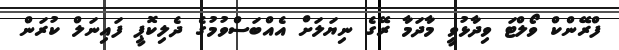
ފްރޭންކް ވޯލްޓަ ވިދާޅުވީ މާދަމާ ރޭގެ ނިޔަލަށް އެއްބަސްވުމުގެ ދެލިކޮޕީ ފައިނަލް ކުރަން